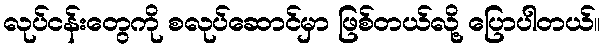
လုပ်ငန်းတွေကို စလုပ်ဆောင်မှာ ဖြစ်တယ်လို့ ပြောပါတယ်။